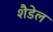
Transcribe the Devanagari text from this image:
शैडेल